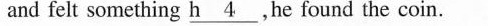
and felt something \underline{h4},he found the coin.